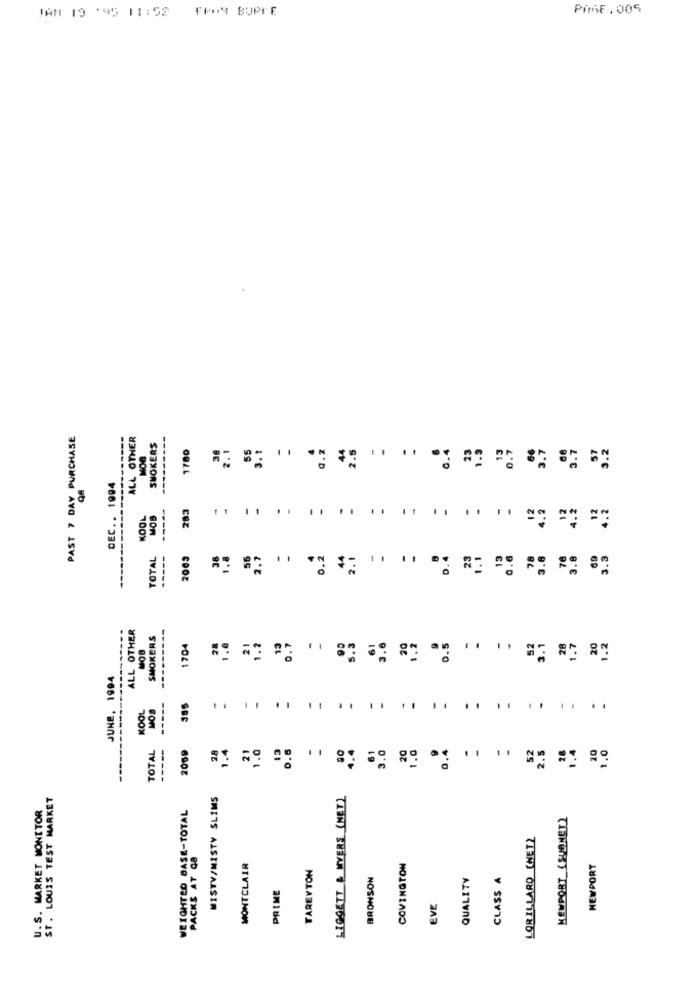
JAM 19 '95 11:52 FROM BUPEE
PIME . 005
PAST 7 DAY PURCHASE
ALL OTHER
SMOKERS
1780
55
3.t
0.2
44
.5
38
2.
0.
3.7
3.7
3.2
DEC .. 1994
283
.
-
-
12
4.2
KOOL
MOB
..
4.2
TOTAL
2003
38
1.8
56
2.7
0.2
44
2.1
23
13
0.6
78
3.8
78
3.8
3.3
ALL OTHER
---------
SMOKERS
-------
1704
28
1.0
21
1.2
13
0.7
-
90
61
3.6
20
1.2
0.5
.
52
3.1
28
1.7
20
1.2
JUNE, 1994
-----
KOOL
MOB
......
......
TOTAL
-----
28
1.4
21
1.0
13
0.6
-
20
1.0
0.4
2.5
28
10
1.0
2059
4.4
61
3.0
.
52
1.4
ST. LOUIS TEST MARKET
MISTV/MISTY SLIMS
LIGGETT & MVERS (MET)
U.S. MARKET MONITOR
WEIGHTED BASE-TOTAL
NEWPORT (SUBNET)
LOR ILLARD (NETZ
PACKS AT GB
MONTCLAIR
TAREVTON
COVINGTON
NEWPORT
BRONSON
QUALITY
CLASS A
PRIME
EVE